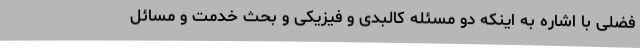
فضلی با اشاره به اینکه دو مسئله کالبدی و فیزیکی و بحث خدمت و مسائل